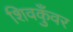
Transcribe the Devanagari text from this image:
शिवकुँवर